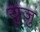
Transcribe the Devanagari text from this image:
युजु